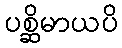
ပစ္ဆိမာယပိ